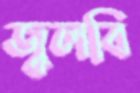
জ্বলবি